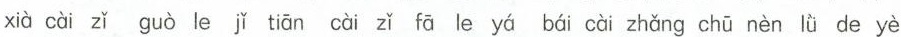
xià cài zǐ guò le jǐ tiān cài zǐ fā le yá bái cài zhǎng chū nèn lǜ de yè